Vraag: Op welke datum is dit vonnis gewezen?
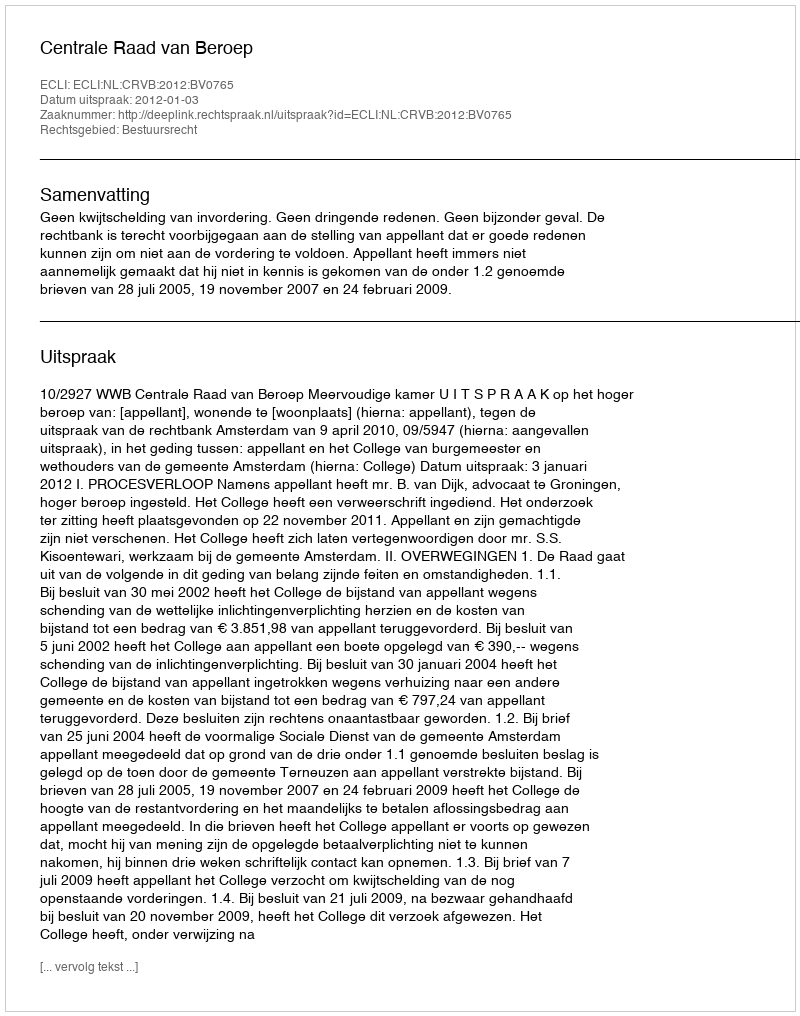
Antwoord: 2012-01-03